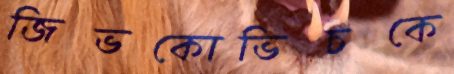
জিভকোভিচকে